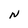
Character: N